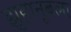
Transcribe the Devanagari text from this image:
झुहानूबला